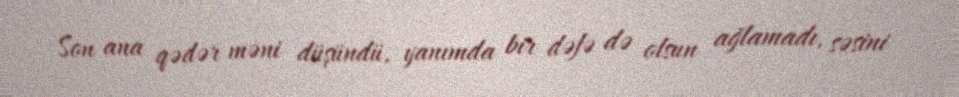
Son ana qədər məni düşündü, yanımda bir dəfə də olsun ağlamadı, səsini